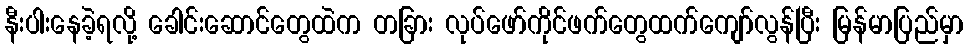
နီးပါးနေခဲ့ရလို့ ခေါင်းဆောင်တွေထဲက တခြား လုပ်ဖော်ကိုင်ဖက်တွေထက်ကျော်လွန်ပြီး မြန်မာပြည်မှာ